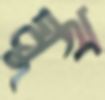
মুখ